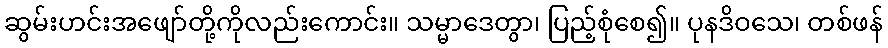
ဆွမ်းဟင်းအဖျော်တို့ကိုလည်းကောင်း။ သမ္မာဒေတွာ၊ ပြည့်စုံစေ၍။ ပုနဒိဝသေ၊ တစ်ဖန်